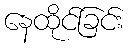
နေထိုင်ခြင်း